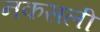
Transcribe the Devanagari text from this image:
नकसली